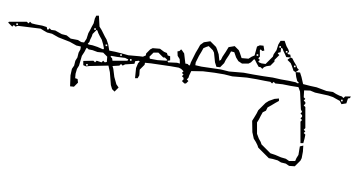
Text: Army
Cross-out: diagonal
Writing tool: digital_black